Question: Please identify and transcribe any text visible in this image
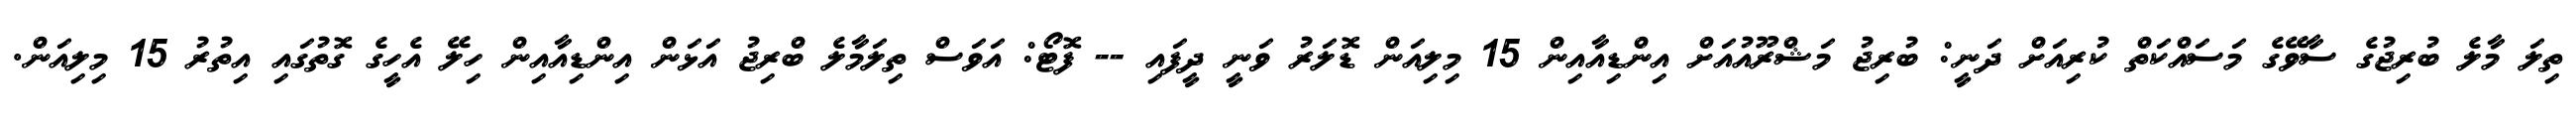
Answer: ތިލަ މާލެ ބުރިޖުގެ ސާވޭގެ މަސައްކަތް ކުރިއަށް ދަނީ: ބުރިޖު މަޝްރޫއުއަށް އިންޑިއާއިން 15 މިލިއަން ޑޮލަރު ވަނީ ދީފައި -- ފޮޓޯ: އަވަސް ތިލަމާލެ ބްރިޖު އަޅަން އިންޑިއާއިން ހިލޭ އެހީގެ ގޮތުގައި އިތުރު 15 މިލިއަން.